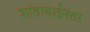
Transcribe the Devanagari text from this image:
शांताबाईंनंतर